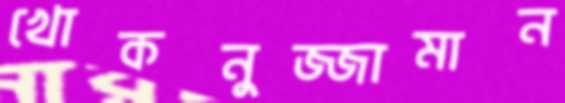
খোকনুজ্জামান